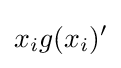
x_{i}g(x_{i})'